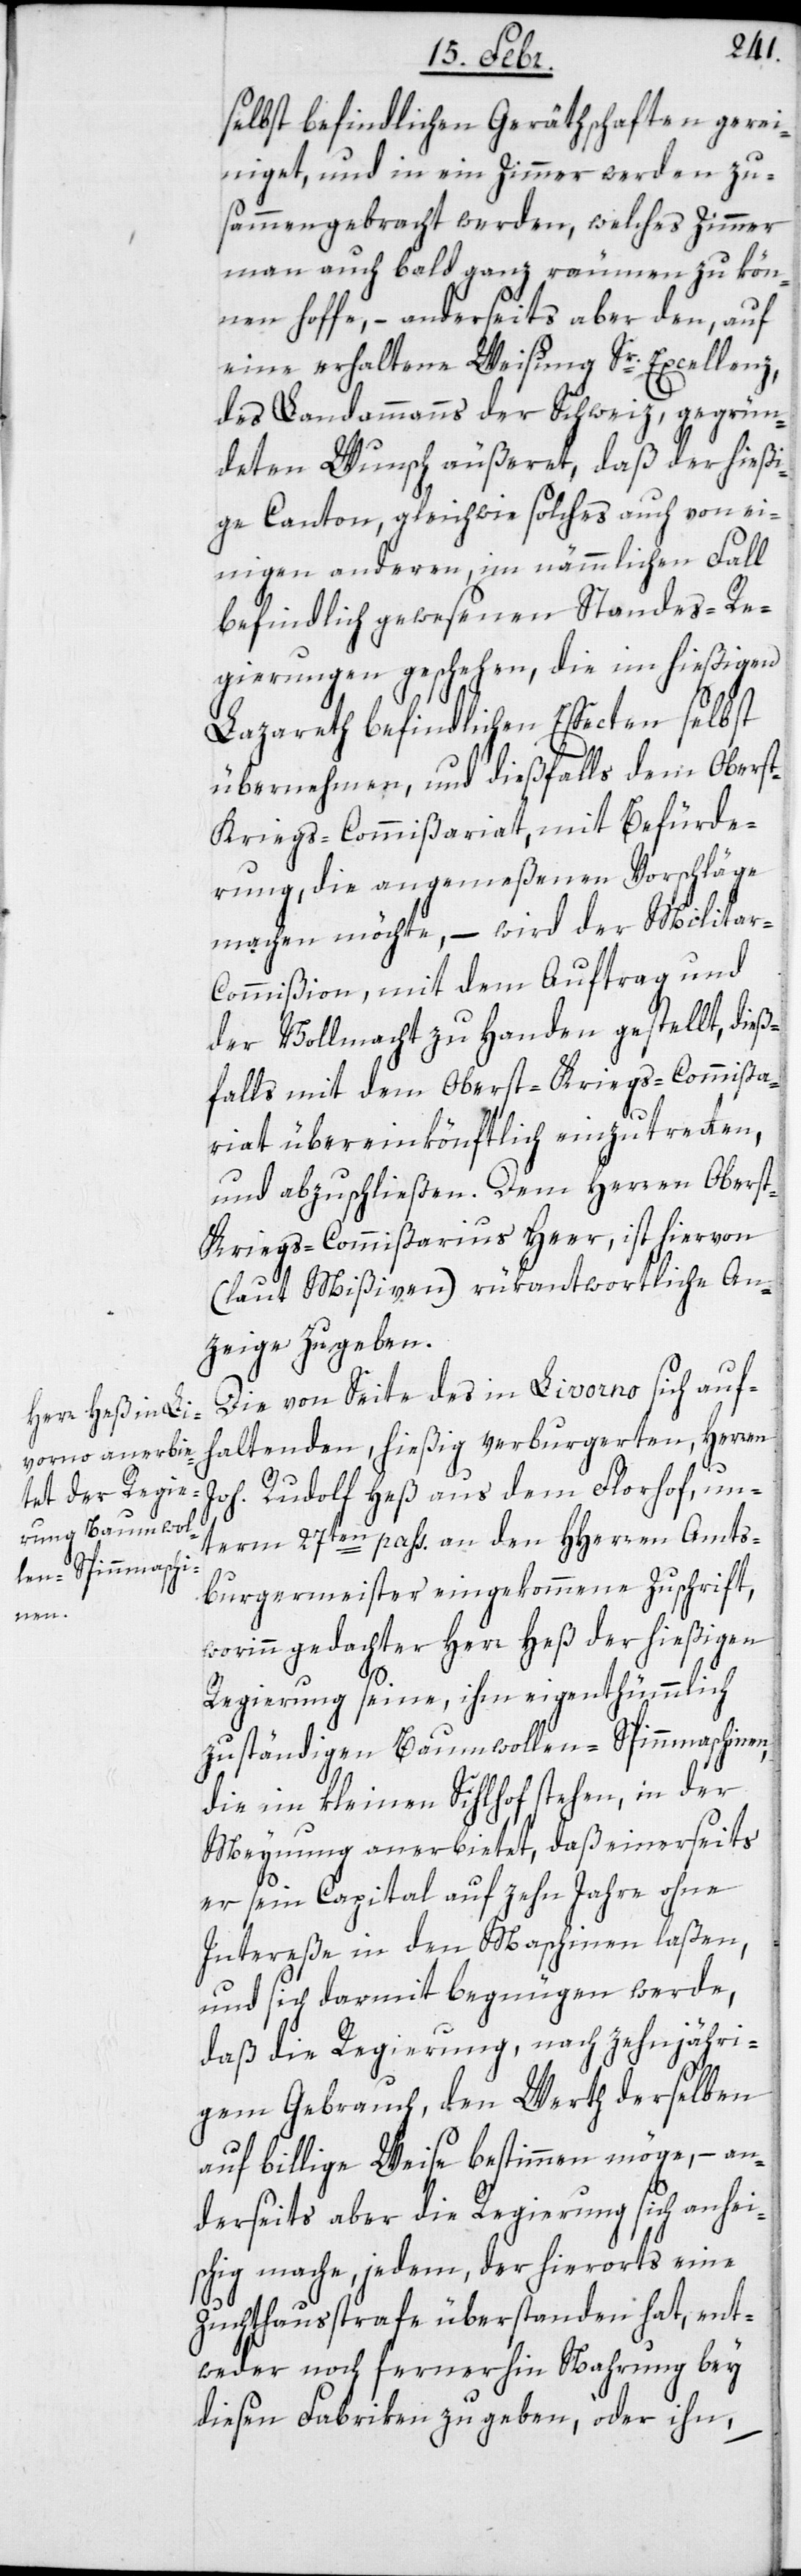
selbst befindlichen Geräthschaften gerei¬
niget, und in ein Zimmer werden zu¬
sammengebracht werden, welches Zimmer
man auch bald ganz räumen zu kön¬
nen hoffe, – anderseits aber den, auf
eine erhaltene Weisung Sr. Excellenz,
des Landammanns der Schweiz, gegrün¬
deten Wunsch äußeret, daß der hießi¬
ge Canton, gleichwie solches auch von ei¬
nigen anderen, im nämmlichen Fall
befindlich gewesenen Standes-Re¬
gierungen geschehen, die im hießigen
Lazareth befindlichen Effecten selbst
übernehmen, und dießfalls dem Obers¬
t-Kriegs-Commißariat, mit Befürde¬
rung, die angemeßenen Vorschläge
machen möchte, – wird der Milita¬
r-Commißion, mit dem Auftrag und
der Vollmacht zu Handen gestellt, dieß¬
falls mit dem Oberst-Kriegs-Commißa¬
riat übereinkönftig einzutretten,
und abzuschließen. Dem Herren Obers¬
t-Kriegs-Commißarius Heer, ist hiervon
(laut Mißiven) rükantwortliche An¬
zeige zu geben.
Die von Seite des in Livorno sich auf¬
haltenden, hießig verburgerten Herren
Joh. Rudolf Heß aus dem Florhof, un¬
term 27sten pass., an den HHerren Amts¬
burgermeister eingekommene Zuschrift,
worinn gedachter Herr Heß der hießigen
Regierung seine, ihm eigenthümmlich
zuständigen Baumwollen-Spinnmaschinen,
die im kleinen Sihlhof stehen, in der
Meynung anerbietet, daß einerseits
er sein Capital auf zehn Jahre ohne
Intereße in den Maschinen laßen,
und sich darmit begnügen werde,
daß die Regierung, nach zehnjähri¬
gem Gebrauch, den Werth derselben
auf billige Weise bestimmen möge, – an¬
derseits aber die Regierung sich anhei¬
schig mache, jedem, der hierorts eine
Zuchthausstrafe überstanden hat, ent¬
weder noch fernerhin Nahrung bey
diesen Fabriken zu geben, oder ihn,